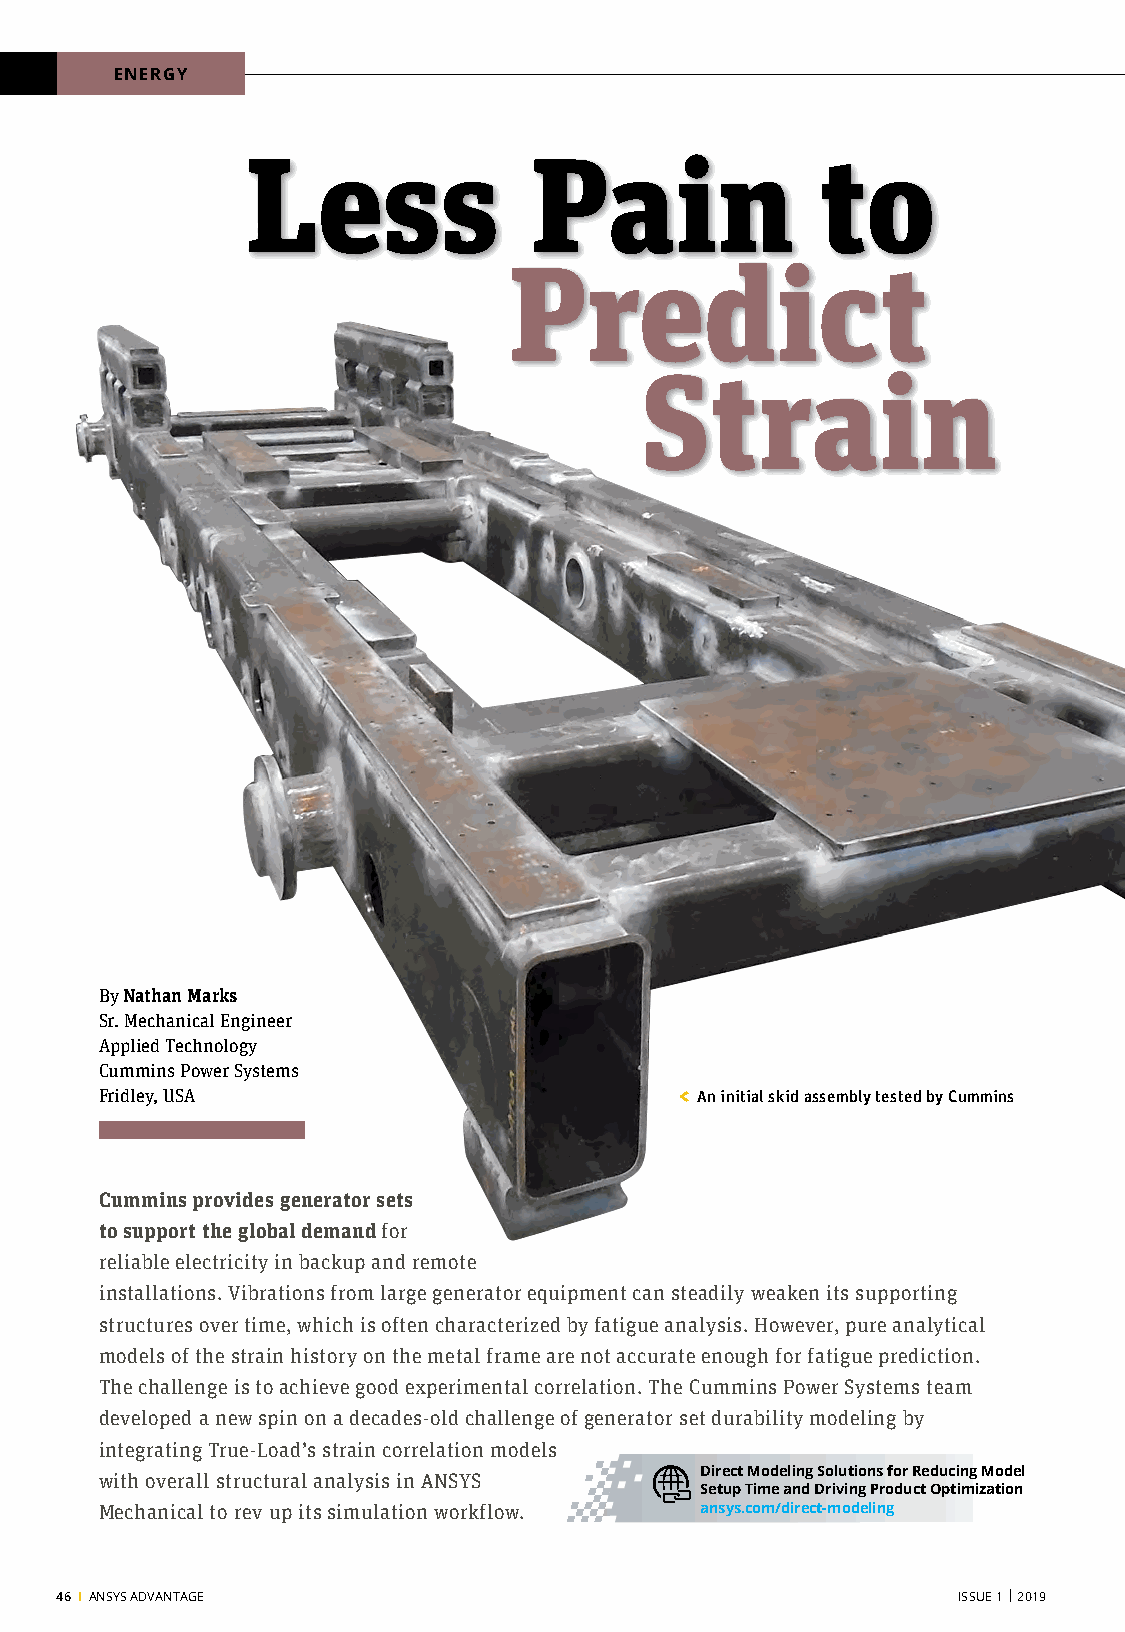
ENERGY
 Less               Pain               to
 Predict
 Strain
 By Nathan Marks
 Sr. Mechanical Engineer
 Applied Technology
 Cummins Power Systems
 Fridley, USA                          < An initial skid assembly tested by Cummins
 Cummins provides generator sets
 to support the global demand for
 reliable electricity in backup and remote
 installations. Vibrations from large generator equipment can steadily weaken its supporting
 structures over time, which is often characterized by fatigue analysis. However, pure analytical
 models of the strain history on the metal frame are not accurate enough for fatigue prediction.
 The challenge is to achieve good experimental correlation. The Cummins Power Systems team
 developed a new spin on a decades-old challenge of generator set durability modeling by
 integrating True-Load’s strain correlation models
 Direct Modeling Solutions for Reducing Model
 with overall structural analysis in ANSYS
 Setup Time and Driving Product Optimization
 Mechanical to rev up its simulation workflow. ansys.com/direct-modeling
 46 I ANSYS ADVANTAGE                                       ISSUE 1 | 2019